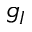
g _ { I }